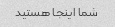
شما اینجا هستید